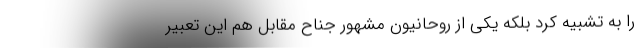
را به تشبیه کرد بلکه یکی از روحانیون مشهور جناح مقابل هم این تعبیر